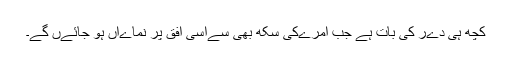
کچھ ہی دےر کی بات ہے جب امرےکی سکھ بھی سےاسی افق پر نماےاں ہو جائےں گے۔